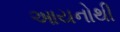
આયનોથી